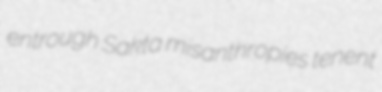
entrough Sakta misanthropies tenent